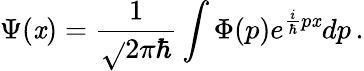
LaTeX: \Psi(\mathit{x})={\frac{{1}}{{\sqrt{}{{2\pi\hbar}}}}}\int\Phi(p)e^{{\frac{{i}}{{\hbar}}}p\mathit{x}}dp\, .